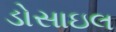
ડોસાઇલ